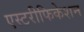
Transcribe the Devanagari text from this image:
एस्टरीफिकेशन